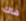
هاك